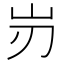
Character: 岃